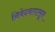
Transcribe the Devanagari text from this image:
निवेदनापासून